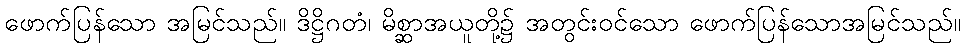
ဖောက်ပြန်သော အမြင်သည်။ ဒိဋ္ဌိဂတံ၊ မိစ္ဆာအယူတို့၌ အတွင်းဝင်သော ဖောက်ပြန်သောအမြင်သည်။